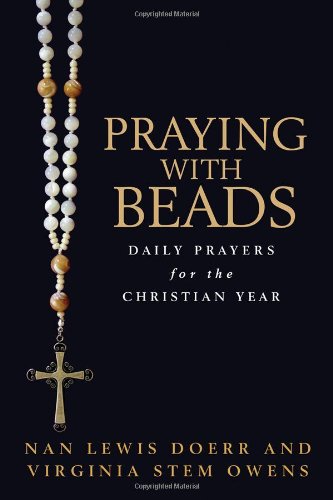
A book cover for Praying with Beads: Daily Prayers for the Christian Year; Nan Lewis Doerr; Christian Books & Bibles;